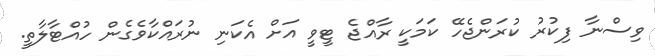
ވިސްނާ ފިކުރު ކުރަންޖެހޭ ކަމަކީ ރާއްޖެ ޓީވީ އަށް އެކަނި ނުރައްކާވެގެން ހުއްޓާލާތީ.